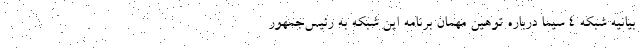
بیانیه شبکه ۴ سیما درباره توهین مهمان برنامه این شبکه به رئیس‌جمهور